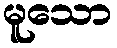
မူသော